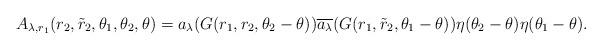
LaTeX: \begin{align*}A_{\lambda,r_1}(r_2,\tilde{r}_2,\theta_1,\theta_2,\theta) = a_\lambda(G(r_1,r_2,\theta_2-\theta))\overline{a_\lambda}(G(r_1,\tilde{r}_2,\theta_1-\theta))\eta(\theta_2-\theta)\eta(\theta_1-\theta).\end{align*}